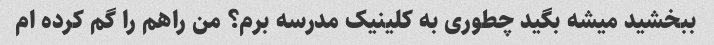
ببخشید میشه بگید چطوری به کلینیک مدرسه برم؟ من راهم را گم کرده ام